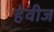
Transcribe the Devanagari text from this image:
हेवीज